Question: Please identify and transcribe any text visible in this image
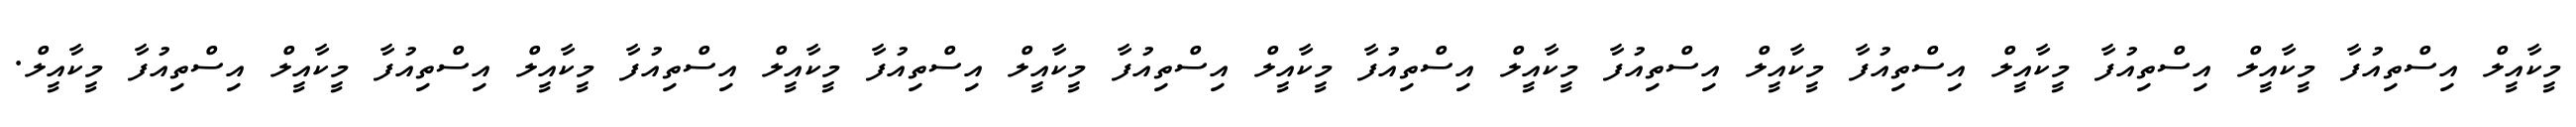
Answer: މީކާއީލް އިސްތިއުފާ މީކާއީލް އިސްތިއުފާ މީކާއީލް އިސްތިއުފާ މީކާއީލް އިސްތިއުފާ މީކާއީލް އިސްތިއުފާ މީކާއީލް އިސްތިއުފާ މީކާއީލް އިސްތިއުފާ މީކާއީލް އިސްތިއުފާ މީކާއީލް އިސްތިއުފާ މީކާއީލް އިސްތިއުފާ މީކާއީލް.